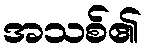
အသစ်၏